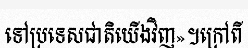
ទៅប្រទេសជាតិយើងវិញ»។ក្រៅពី